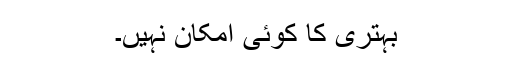
بہتری کا کوئی امکان نہیں۔